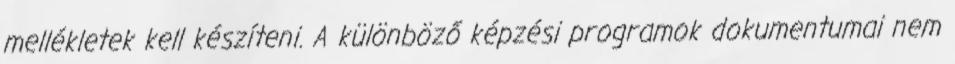
mellékletek kell készíteni. A különböző képzési programok dokumentumai nem